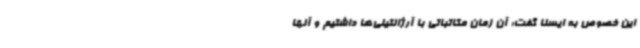
این خصوص به ایسنا گفت: آن زمان مکاتباتی با آرژانتینی‌ها داشتیم و آنها